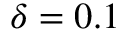
\delta = 0 . 1